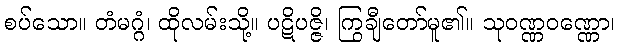
စပ်သော။ တံမဂ္ဂံ၊ ထိုလမ်းသို့။ ပဋိပဇ္ဇိ၊ ကြွချီတော်မူ၏။ သုဝဏ္ဏဝဏ္ဏော၊